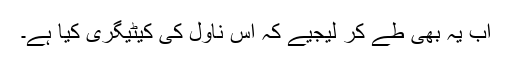
اب یہ بھی طے کر لیجیے کہ اس ناول کی کیٹیگری کیا ہے۔